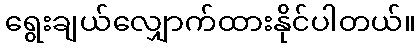
ရွေးချယ်လျှောက်ထားနိုင်ပါတယ်။